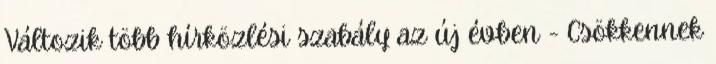
Változik több hírközlési szabály az új évben - Csökkennek